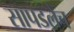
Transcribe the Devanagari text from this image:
सापडलेच